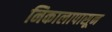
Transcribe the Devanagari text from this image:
निकालापासून